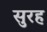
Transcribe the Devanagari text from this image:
सुरह